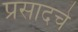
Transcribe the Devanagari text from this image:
प्रसादचे